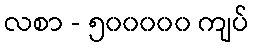
လစာ - ၅၀၀၀၀၀ ကျပ်